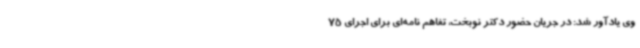
وی یادآور شد: در جریان حضور دکتر نوبخت، تفاهم نامه‌ای برای اجرای 75